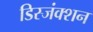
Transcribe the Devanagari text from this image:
डिस्जंक्शन